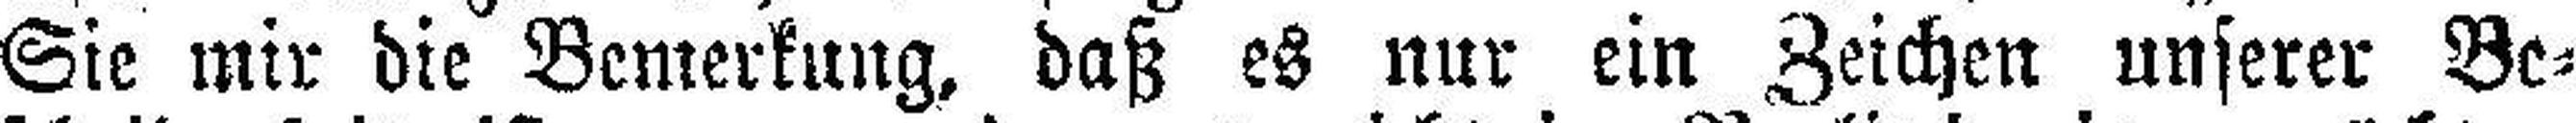
Sie mir die Bemerkung, daß es nur ein Zeichen unserer Be¬